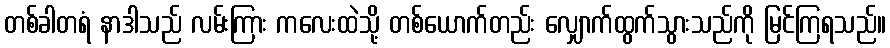
တစ်ခါတရံ နာဒါသည် လမ်းကြား ကလေးထဲသို့ တစ်ယောက်တည်း လျှောက်ထွက်သွားသည်ကို မြင်ကြရသည်။